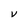
Character: d